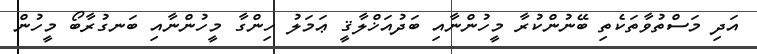
އަދި މަސްތުވާތަކެތި ބޭނުންކުރާ މީހުންނާއި ބަދުއަޚްލާޤީ ޢަމަލު ހިންގާ މީހުންނާއި ބަނގުރާބޯ މީހުން